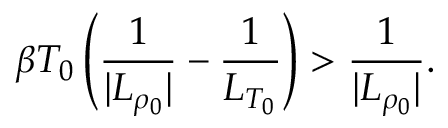
\beta T _ { 0 } \left( \frac { 1 } { | L _ { \rho _ { 0 } } | } - \frac { 1 } { L _ { T _ { 0 } } } \right) > \frac { 1 } { | L _ { \rho _ { 0 } } | } .